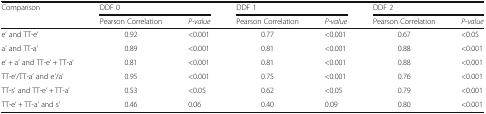
<table><thead><tr><td rowspan="2"><b>Comparison</b></td><td colspan="2"><b>DDF 0</b></td><td colspan="2"><b>DDF 1</b></td><td colspan="2"><b>DDF 2</b></td></tr><tr><td><b>Pearson Correlation</b></td><td><b><i>P-value</i></b></td><td><b>Pearson Correlation</b></td><td><b><i>P-value</i></b></td><td><b>Pearson Correlation</b></td><td><b><i>P-value</i></b></td></tr></thead><tbody><tr><td>e’ and TT-e’</td><td>0.92</td><td>&lt;0.001</td><td>0.77</td><td>&lt;0.001</td><td>0.67</td><td>&lt;0.05</td></tr><tr><td>a’ and TT-a’</td><td>0.89</td><td>&lt;0.001</td><td>0.81</td><td>&lt;0.001</td><td>0.88</td><td>&lt;0.001</td></tr><tr><td>e’ + a’ and TT-e’ + TT-a’</td><td>0.81</td><td>&lt;0.001</td><td>0.81</td><td>&lt;0.001</td><td>0.88</td><td>&lt;0.001</td></tr><tr><td>TT-e’/TT-a’ and e’/a’</td><td>0.95</td><td>&lt;0.001</td><td>0.75</td><td>&lt;0.001</td><td>0.76</td><td>&lt;0.001</td></tr><tr><td>TT-s’ and TT-e’ + TT-a’</td><td>0.53</td><td>&lt;0.05</td><td>0.62</td><td>&lt;0.05</td><td>0.79</td><td>&lt;0.001</td></tr><tr><td>TT-e’ + TT-a’ and s’</td><td>0.46</td><td>0.06</td><td>0.40</td><td>0.09</td><td>0.80</td><td>&lt;0.001</td></tr></tbody></table>